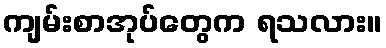
ကျမ်းစာအုပ်တွေက ရသလား။